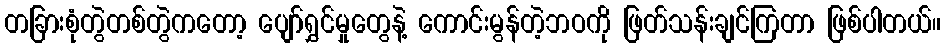
တခြားစုံတွဲတစ်တွဲကတော့ ပျော်ရွှင်မှုတွေနဲ့ ကောင်းမွန်တဲ့ဘဝကို ဖြတ်သန်းချင်ကြတာ ဖြစ်ပါတယ်။